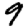
Digit: 9